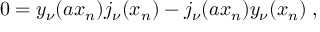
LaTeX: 0 = y _ { \nu } ( a x _ { n } ) j _ { \nu } ( x _ { n } ) - j _ { \nu } ( a x _ { n } ) y _ { \nu } ( x _ { n } ) \; ,